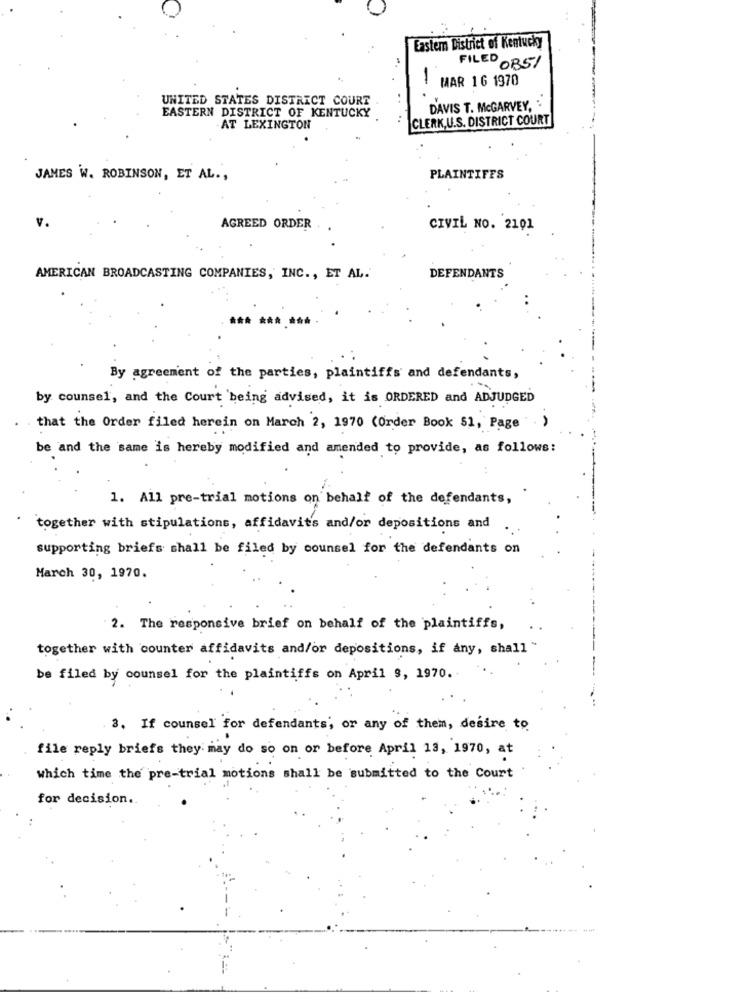
Eastem District of Kentucky
FILED 085/
MAR 16 1970
UNITED STATES DISTRICT COURT
-.
EASTERN DISTRICT OF KENTUCKY
DAVIS T. McGARVEY, .
CLERK,U.S. DISTRICT COURT
AT LEXINGTON
JAMES W. ROBINSON, ET AL .,
PLAINTIFFS
v.
AGREED ORDER .
CIVIL NO. 2101
AMERICAN BROADCASTING COMPANIES, INC ., ET AL.
DEFENDANTS
By agreement of the parties, plaintiffs and defendants,
by counsel, and the Court being advised, it is ORDERED and ADJUDGED
. that the Order filed herein on March 2, 1970 (Order Book $1, Page ".)
be and the same is hereby modified and amended to provide, as follows:
1. All pre-trial motions on behalf of the defendants,
together with stipulations, affidavits and/or depositions and
supporting briefs shall be filed by counsel for the defendants on
March 30, 1970.
2. The responsive brief on behalf of the plaintiffs,
together with counter affidavits and/or depositions, if any, shall
be filed by counsel for the plaintiffs on April 9, 1970.
3. If counsel for defendants, or any of them, desire to
file reply briefs they may do so on or before April 13, 1970, at
which time the pre-trial motions shall be submitted to the Court
for decision.